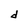
Character: d